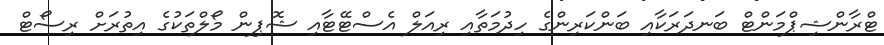
ޓްރާންޝިޕްމަންޓް ބަނދަރަކާއި ބަންކަރިންގެ ހިދުމަތާއި ރިއަލް އެސްޓޭޓާއި ޝޮޕިން މޯލްތަކުގެ އިތުރަށް ރިސޯޓް